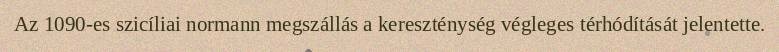
Az 1090-es szicíliai normann megszállás a kereszténység végleges térhódítását jelentette.